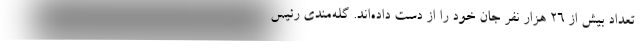
تعداد بیش از ۲۶ هزار نفر جان خود را از دست داده‌اند. گله‌مندی رئیس